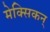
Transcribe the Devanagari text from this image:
मेक्सिकन्